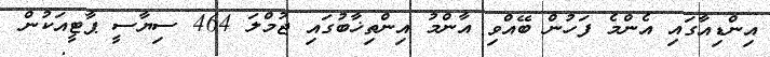
އިންޑިއާގައި އެންމެ ފަހުން ބޭއްވި އާންމު އިންތިޚާބުގައި ޖުމްލަ 464 ސިޔާސީ ޕާޓީއަކުން